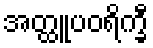
အတ္ထူပဝရိက္ခီ